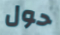
حول